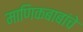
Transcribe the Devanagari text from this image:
माणिकबाबांचे